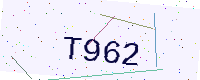
Text: T962